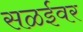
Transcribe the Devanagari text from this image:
सळईवर